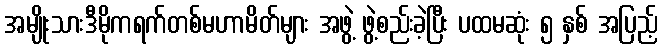
အမျိုးသားဒီမိုကရက်တစ်မဟာမိတ်များ အဖွဲ့ ဖွဲ့စည်းခဲ့ပြီး ပထမဆုံး ၅ နှစ် အပြည့်